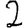
Digit: 2